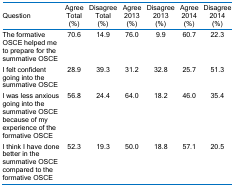
<table><thead><tr><td><b>Question</b></td><td><b>Agree Total(%)</b></td><td><b>Disagree Total(%)</b></td><td><b>Agree 2013(%)</b></td><td><b>Disagree 2013(%)</b></td><td><b>Agree 2014(%)</b></td><td><b>Disagree 2014(%)</b></td></tr></thead><tbody><tr><td>The formative OSCE helped me to prepare for the summative OSCE</td><td>70.6</td><td>14.9</td><td>76.0</td><td>9.9</td><td>60.7</td><td>22.3</td></tr><tr><td>I felt confident going into the summative OSCE</td><td>28.9</td><td>39.3</td><td>31.2</td><td>32.8</td><td>25.7</td><td>51.3</td></tr><tr><td>I was less anxious going into the summative OSCE because of my experience of the formative OSCE</td><td>56.8</td><td>24.4</td><td>64.0</td><td>18.2</td><td>46.0</td><td>35.4</td></tr><tr><td>I think I have done better in the summative OSCE compared to the formative OSCE</td><td>52.3</td><td>19.3</td><td>50.0</td><td>18.8</td><td>57.1</td><td>20.5</td></tr></tbody></table>